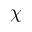
\chi